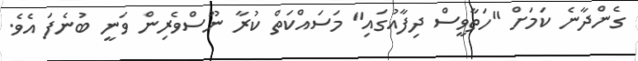
ގެންދާނެ ކަމަށް "ހަތާވީސް ދިފާއުގައި" މަސައްކަތް ކުރާ ނޫސްވެރިން ވަނީ ބުނެފަ އެވެ.